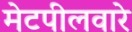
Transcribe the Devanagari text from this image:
मेटपीलवारे